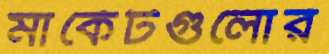
মার্কেটগুলোর